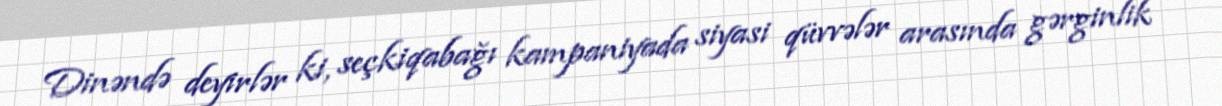
Dinəndə deyirlər ki, seçkiqabağı kampaniyada siyasi qüvvələr arasında gərginlik